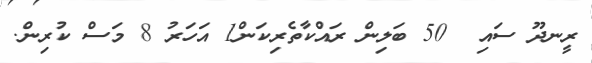
ރީނދޫ ސައި  50 ބަލިން ރައްކާތެރިކަން1 އަހަރު 8 މަސް ކުރިން.